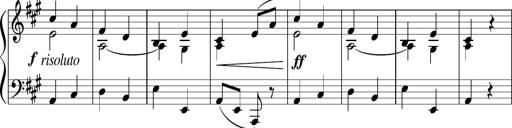
Title: 4 Sonatinas
Composer: Jacob Schmitt